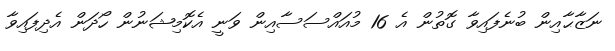
ނަޒާޙާއިން ބުނެފައިވާ ގޮތުން އެ 16 މުއައްސަސާއިން ވަނީ އެކޮމިޝަނުން ހޯދަން އެދިފައިވާ